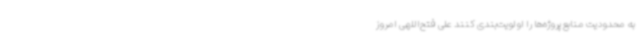
به محدودیت منابع پروژه‌ها را اولویت‌بندی کنند علی فتح‌اللهی امروز